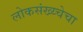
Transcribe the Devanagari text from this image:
लोकसंख्य्चेचा